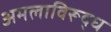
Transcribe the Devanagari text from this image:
अमलाविरूद्ध